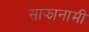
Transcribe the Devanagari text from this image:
साझानामी